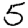
Digit: 5